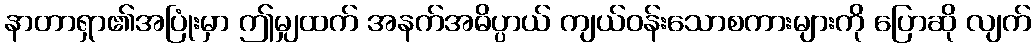
နာတာရှာ၏အပြုံးမှာ ဤမျှထက် အနက်အဓိပ္ပာယ် ကျယ်ဝန်းသောစကားများကို ပြောဆို လျက်